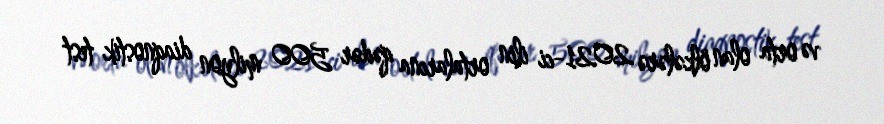
və orta olan ölkələrə 2021-ci ilin ortalarına qədər 500 milyon diaqnostik test